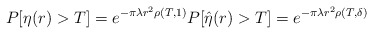
\begin{align*}P[\eta(r)>T]=e^{-\pi\lambda r^2\rho(T,1)} P[\hat{\eta}(r)>T]=e^{-\pi\lambda r^2\rho(T,\delta)}\end{align*}